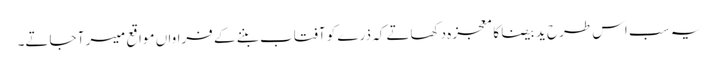
یہ سب اس طرح ید بیضا کا معجزہ دکھاتے کہ ذرے کو آفتاب بننے کے فراواں مواقع میسر آ جاتے۔